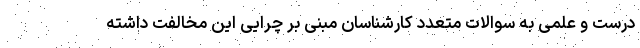
درست و علمی به سوالات متعدد کارشناسان مبنی بر چرایی این مخالفت داشته